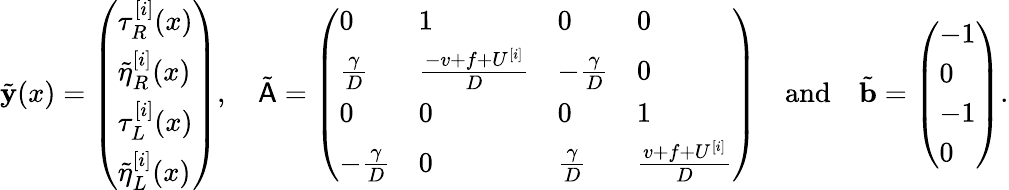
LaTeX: \tilde{\mathbf{y}}(x)=\left(\begin{array}{l}{\tau_{R}^{[i]}(x)}\\ {\tilde{\eta}_{R}^{[i]}(x)}\\ {\tau_{L}^{[i]}(x)}\\ {\tilde{\eta}_{L}^{[i]}(x)}\end{array}\right),\quad\tilde{\mathsf{A}}=\left(\begin{array}{llll}{0}&{1}&{0}&{0}\\ {\frac{\gamma}{D}}&{\frac{-v+f+U^{[i]}}{D}}&{-\frac{\gamma}{D}}&{0}\\ {0}&{0}&{0}&{1}\\ {-\frac{\gamma}{D}}&{0}&{\frac{\gamma}{D}}&{\frac{v+f+U^{[i]}}{D}}\end{array}\right)\quad\mathrm{and}\quad\tilde{\mathbf{b}}=\left(\begin{array}{l}{-1}\\ {0}\\ {-1}\\ {0}\end{array}\right).